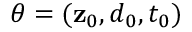
\boldsymbol { \theta } = ( \mathbf { z } _ { 0 } , d _ { 0 } , t _ { 0 } )